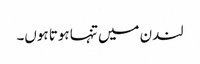
لندن میں تنہا ہوتا ہوں۔